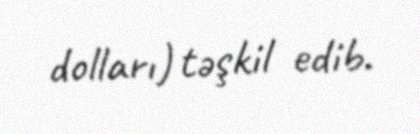
dolları) təşkil edib.